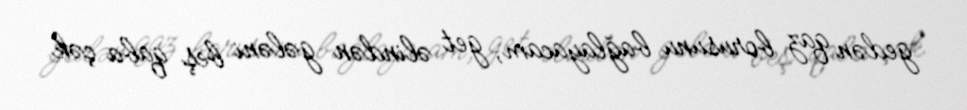
gedən qaz borusunu bağlayacam, get əlindən gələni beş qaba çək.